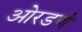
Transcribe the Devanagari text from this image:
ओरडणे